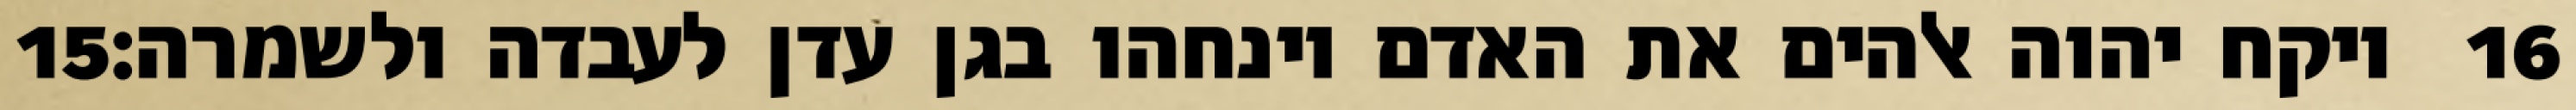
‎15‏ ויקח יהוה אלהים את האדם וינחהו בגן עדן לעבדה ולשמרה׃ ‎16‏